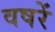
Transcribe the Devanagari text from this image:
वषरें